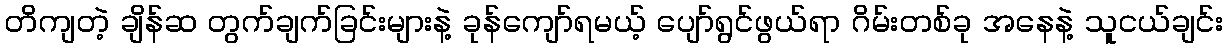
တိကျတဲ့ ချိန်ဆ တွက်ချက်ခြင်းများနဲ့ ခုန်ကျော်ရမယ့် ပျော်ရွင်ဖွယ်ရာ ဂိမ်းတစ်ခု အနေနဲ့ သူငယ်ချင်း